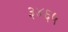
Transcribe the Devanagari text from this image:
३४६५